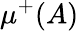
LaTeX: \mu^{+}(A)